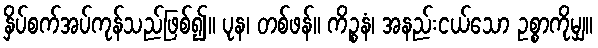
နှိပ်စက်အပ်ကုန်သည်ဖြစ်၍။ ပုန၊ တစ်ဖန်။ ကိဉ္စနံ၊ အနည်းငယ်သော ဥစ္စာကိုမျှ။